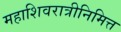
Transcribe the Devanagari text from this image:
महाशिवरात्रीनिमित्त